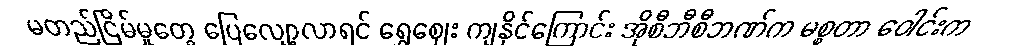
မတည်ငြိမ်မှုတွေ ပြေလျော့လာရင် ရွှေဈေး ကျနိုင်ကြောင်း အိုစီဘီစီဘဏ်က မစ္စတာ ဝေါင်းက